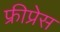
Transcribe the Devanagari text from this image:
फ्रीप्रेस